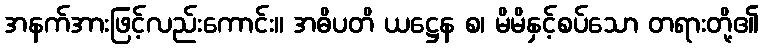
အနက်အားဖြင့်လည်းကောင်း။ အဓိပတိ ယဋ္ဌေန စ၊ မိမိနှင့်စပ်သော တရားတို့၏